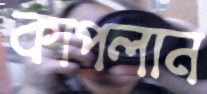
কাপলান